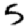
Digit: 5